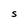
Character: S